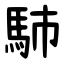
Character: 馷